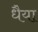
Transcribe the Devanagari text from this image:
धैया